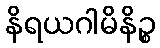
နိရယဂါမိနိဉ္စ